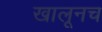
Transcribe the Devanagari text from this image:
खालूनच